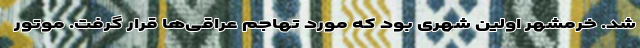
شد. خرمشهر اولین شهری بود که مورد تهاجم عراقی‌ها قرار گرفت. موتور